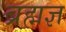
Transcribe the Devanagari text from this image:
ब्रह्मज्ञ